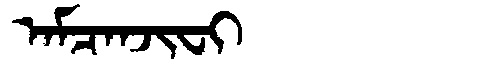
Manchu: ᠠᠮᠴᠠᠨᠵᡳᠸᡳ
Romanization: AMCANJIFI